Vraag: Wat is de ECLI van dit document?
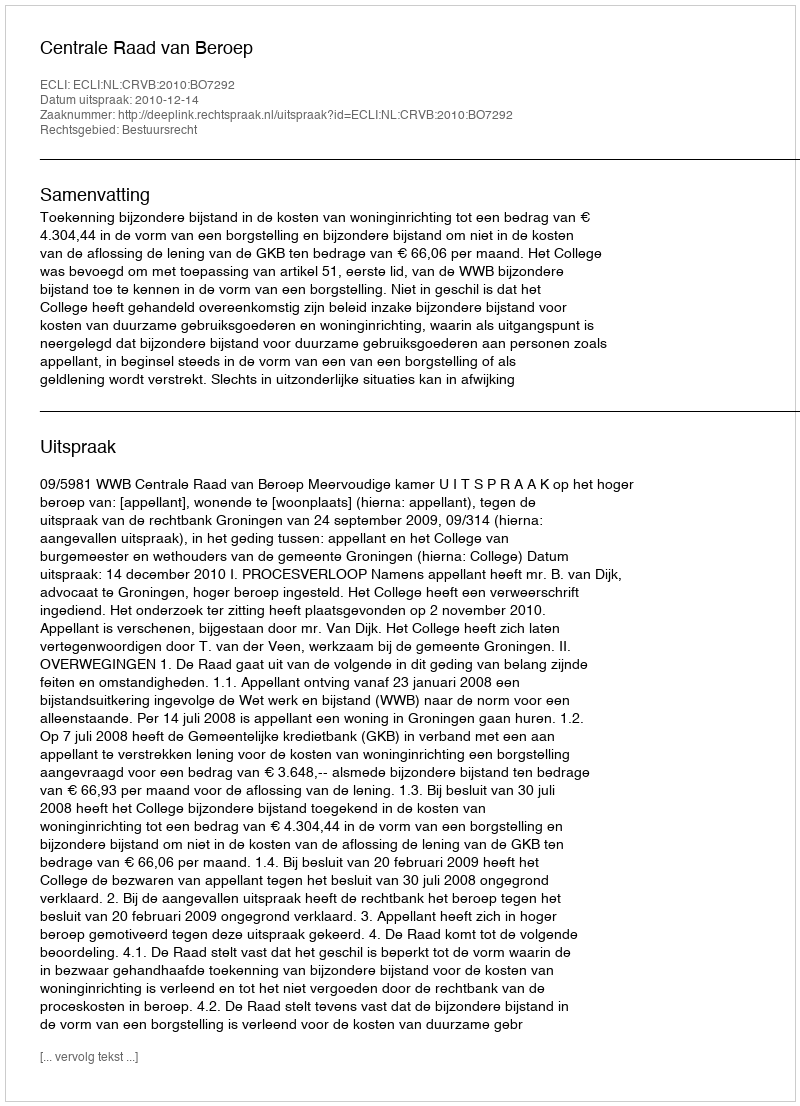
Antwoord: ECLI:NL:CRVB:2010:BO7292